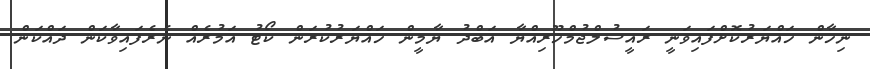
ނިހާން ހައްޔަރުކޮށްފައިވަނީ ރައީސުލްޖުމްހޫރިއްޔާ އަބްދު ޔާމީން ހައްޔަރުކުރަން ކޯޓު އަމުރެއް ނެރެފައިވާކަން ދައްކަން